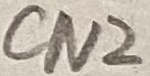
Text: CN2